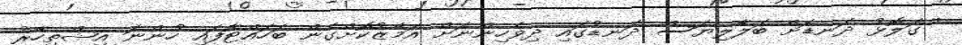
' ގަލޮޅު ދަނޑަށް ބަލާލިޔަސް ދަނޑުގައި ދިވެހިންނަށް އަމާޒުކޮށްގެން ބަހައްޓާފައި ހުންނަ އިޝްތިހާރު